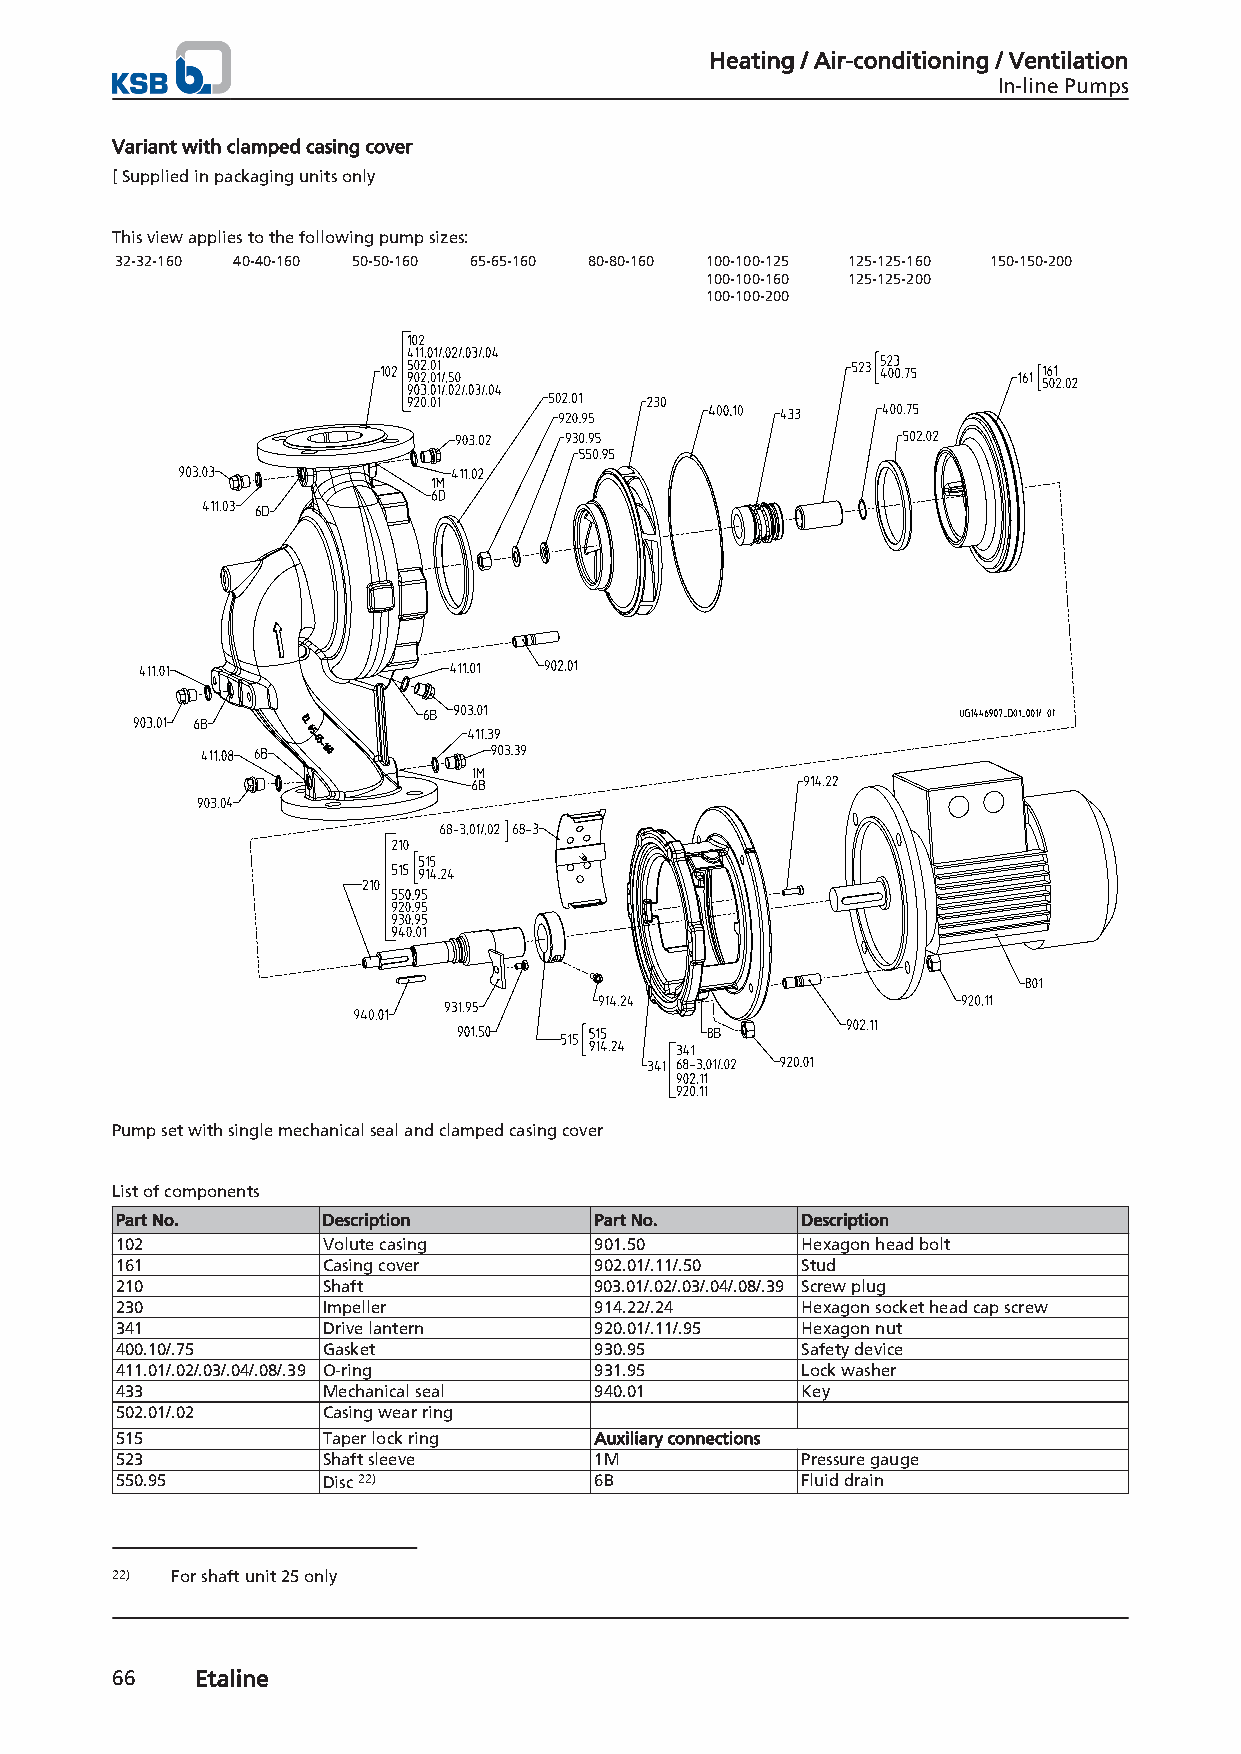
Heating / Air-conditioning / Ventilation
 In-line Pumps
 Variant with clamped casing cover
 [ Supplied in packaging units only
 This view applies to the following pump sizes:
 32-32-160 40-40-160 50-50-160 65-65-160 80-80-160 100-100-125 125-125-160 150-150-200
 100-100-160 125-125-200
 100-100-200
 Pump set with single mechanical seal and clamped casing cover
 List of components
 Part No.     Description       Part No.      Description
 102          Volute casing     901.50        Hexagon head bolt
 161          Casing cover      902.01/.11/.50 Stud
 210          Shaft             903.01/.02/.03/.04/.08/.39 Screw plug
 230          Impeller          914.22/.24    Hexagon socket head cap screw
 341          Drive lantern     920.01/.11/.95 Hexagon nut
 400.10/.75   Gasket            930.95        Safety device
 411.01/.02/.03/.04/.08/.39 O-ring 931.95     Lock washer
 433          Mechanical seal   940.01        Key
 502.01/.02   Casing wear ring
 515          Taper lock ring   Auxiliary connections
 523          Shaft sleeve      1M            Pressure gauge
 550.95       Disc 22)          6B            Fluid drain
 22) For shaft unit 25 only
 66    Etaline